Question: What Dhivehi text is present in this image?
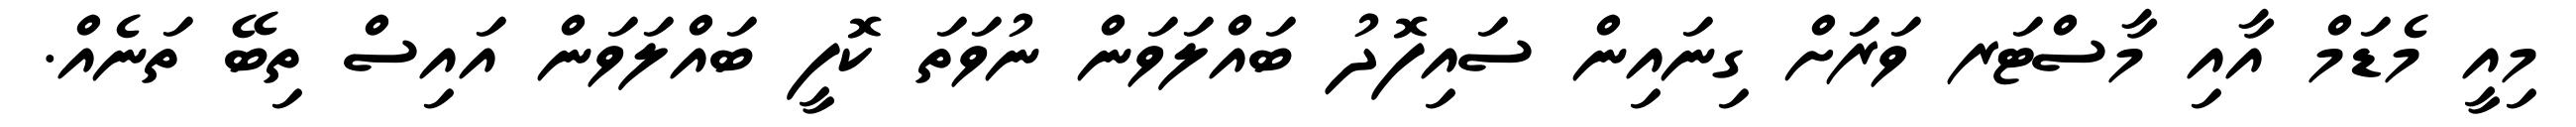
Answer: މިއީ މެޑަމް އާއި މާސްޓަރ ވަރަށް ގިނައިން ސައިފޮދު ބައްލަވަން ނުވަތަ ކޮފީ ބައްލަވަން އައިސް ތިބޭ ތަނެއް.